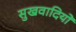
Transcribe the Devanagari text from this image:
सुखवादियों